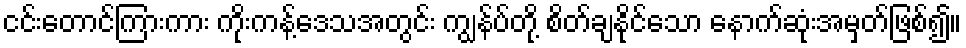
ငင်းတောင်ကြားကား ကိုးကန့်ဒေသအတွင်း ကျွန်ပ်တို့ စိတ်ချနိုင်သော နောက်ဆုံးအမှတ်ဖြစ်၍။